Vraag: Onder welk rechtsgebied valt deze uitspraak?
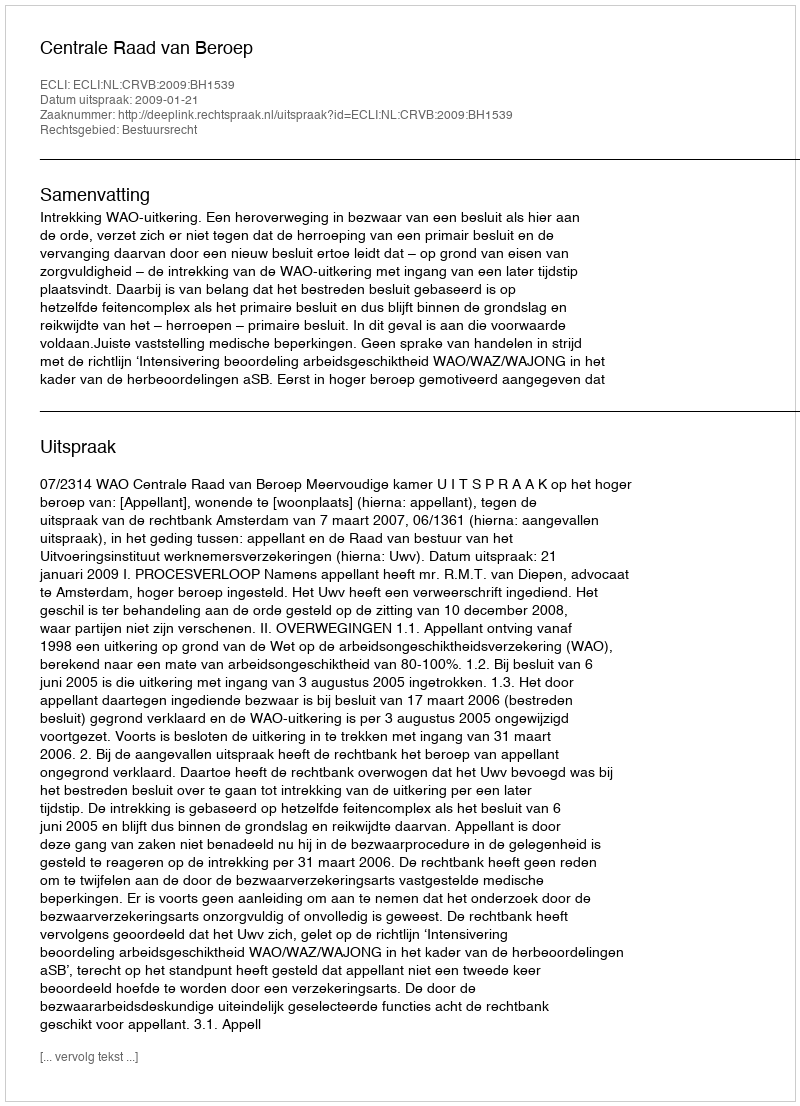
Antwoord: Bestuursrecht